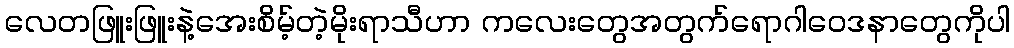
လေတဖြူးဖြူးနဲ့အေးစိမ့်တဲ့မိုးရာသီဟာ ကလေးတွေအတွက်ရောဂါဝေဒနာတွေကိုပါ